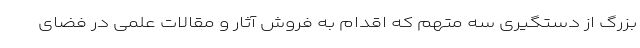
بزرگ از دستگیری سه متهم که اقدام به فروش آثار و مقالات علمی در فضای